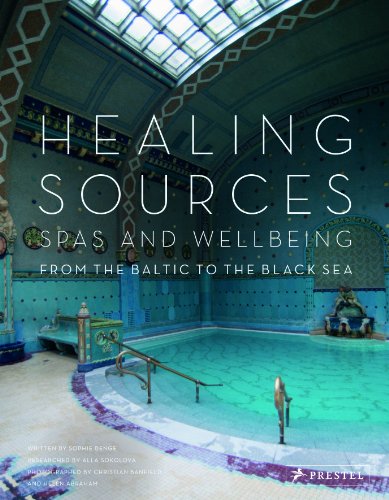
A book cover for Healing Sources: Spas and Wellbeing from the Baltic to the Black Sea; Sophie Benge; Travel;